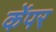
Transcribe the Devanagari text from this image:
केंपर